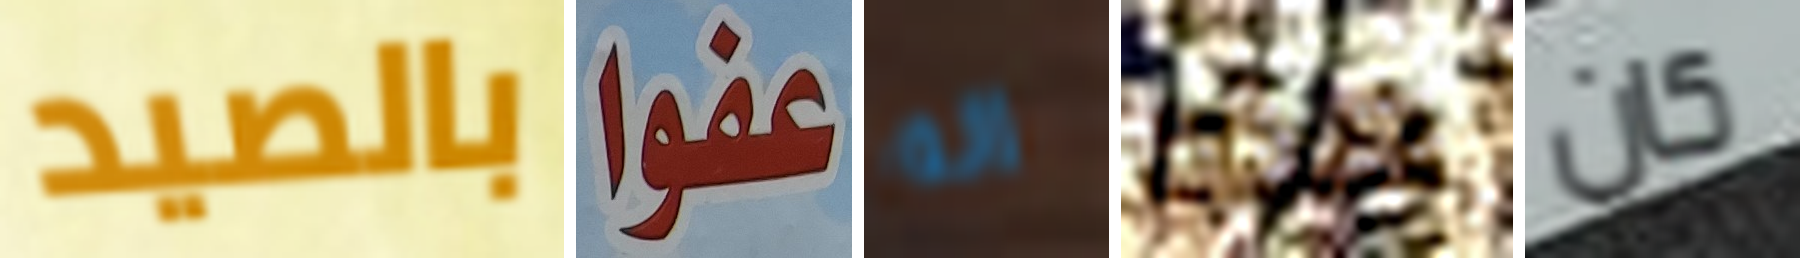
بالصيد عفوا انه هذه كان